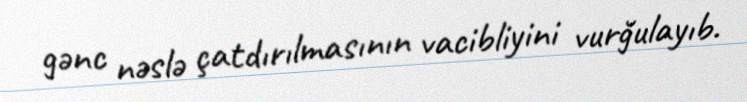
gənc nəslə çatdırılmasının vacibliyini vurğulayıb.